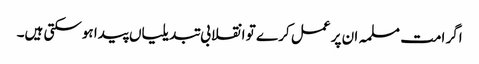
اگر امت مسلمہ ان پر عمل کر ے تو انقلابی تبدیلیاں پیدا ہوسکتی ہیں۔